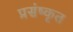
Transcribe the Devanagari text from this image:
प्रसंष्कृत